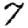
Digit: 7